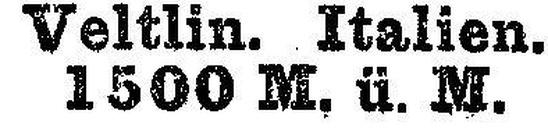
1500 M. ü. M.